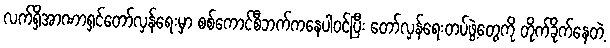
လက်ရှိအာဏာရှင်တော်လှန်ရေးမှာ စစ်ကောင်စီဘက်ကနေပါဝင်ပြီး တော်လှန်ရေးတပ်ဖွဲ့တွေကို တိုက်ခိုက်နေတဲ့